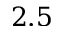
2 . 5